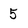
Character: 5